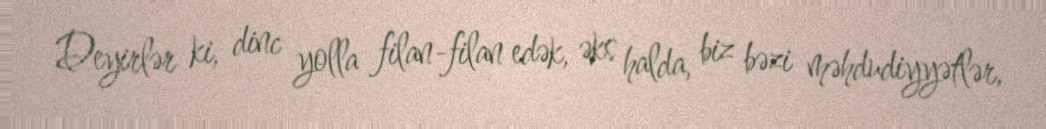
Deyirlər ki, dinc yolla filan-filan edək, əks halda, biz bəzi məhdudiyyətlər,